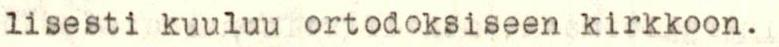
lisesti kuuluu ortodoksiseen kirkkoon.